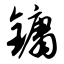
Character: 镛